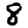
Digit: 8